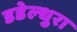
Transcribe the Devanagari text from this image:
डडेल्धुरा